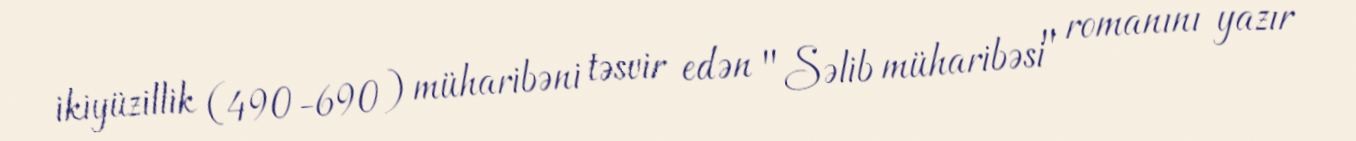
ikiyüzillik (490-690) müharibəni təsvir edən "Səlib müharibəsi" romanını yazır